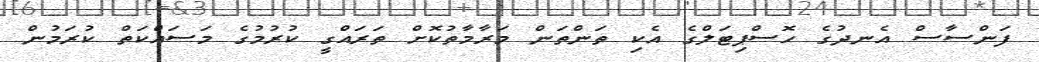
ފަންސާސް އެނދުގެ ހޮސްޕިޓަލްގެ އެކި ތަންތަން މަރާމާތުކޮށް ތަރައްގީ ކުރުމުގެ މަސައްކަތް ކުރަމުން